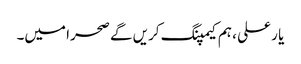
یا ر علی ، ہم کیمپنگ کریں گے صحرا میں۔